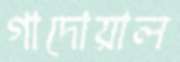
গাদোয়াল